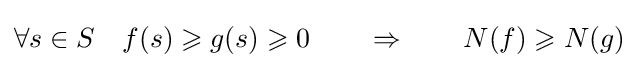
\forall s\in S\quad f(s)\geqslant g(s)\geqslant 0\qquad \Rightarrow \qquad N(f)\geqslant N(g)